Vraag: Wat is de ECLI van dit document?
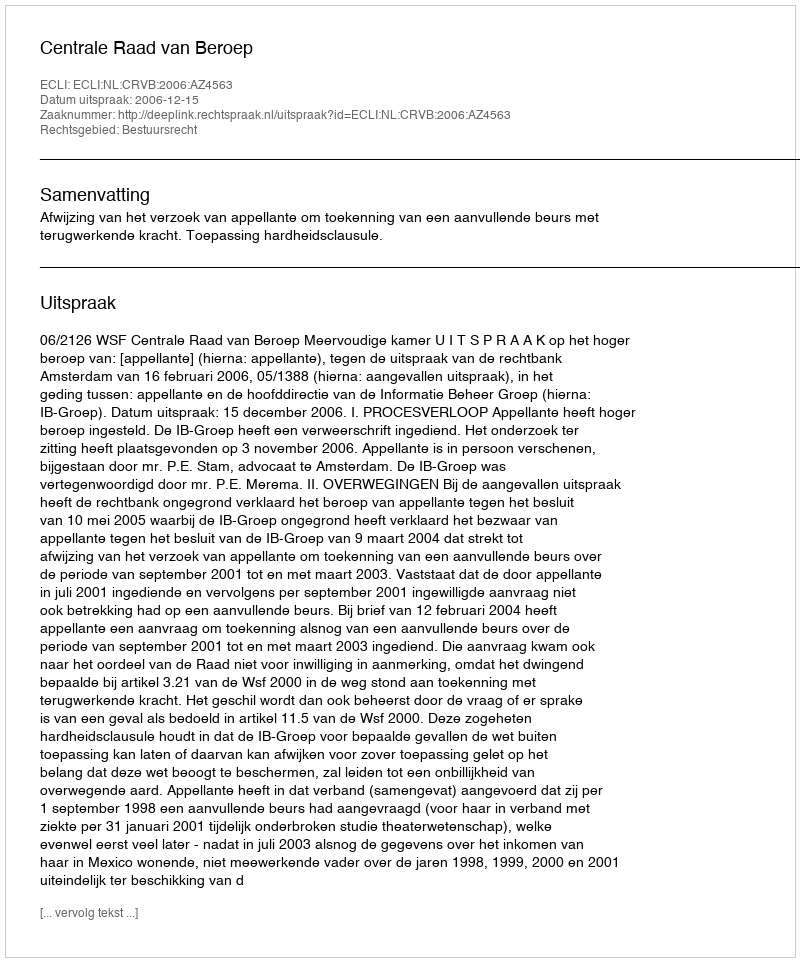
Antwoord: ECLI:NL:CRVB:2006:AZ4563